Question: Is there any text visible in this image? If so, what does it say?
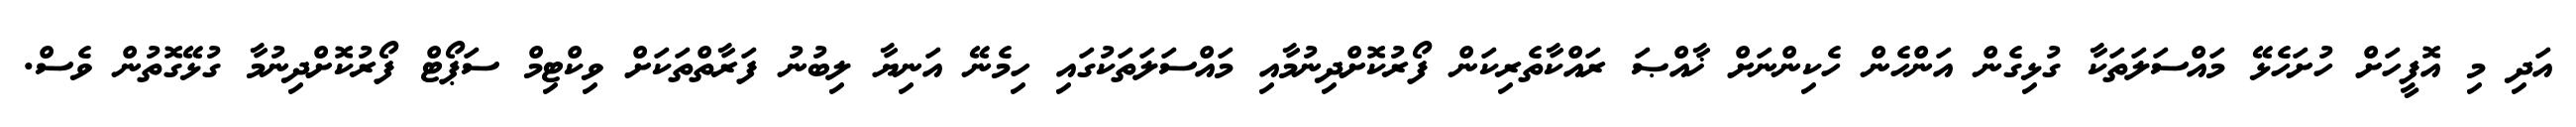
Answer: އަދި މި އޮފީހަށް ހުށަހެޅޭ މައްސަލަތަކާ ގުޅިގެން އަންހެން ހެކިންނަށް ޚާއްޞަ ރައްކާތެރިކަން ފޯރުކޮށްދިނުމާއި މައްސަލަތަކުގައި ހިމެނޭ އަނިޔާ ލިބުނު ފަރާތްތަކަށް ވިކްޓިމް ސަޕޯޓް ފޯރުކޮށްދިނުމާ ގުޅޭގޮތުން ވެސް.